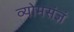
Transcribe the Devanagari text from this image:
व्योमसंज्ञं